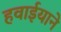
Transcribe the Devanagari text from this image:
हवाईयाने